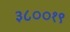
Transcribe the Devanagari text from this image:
३८००१९